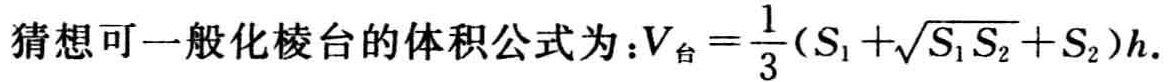
猜想可一般化棱台的体积公式为：\(V_{台}=\frac{1}{3}(S_{1}+\sqrt{S_{1}S_{2}}+S_{2})h\).